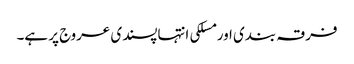
فرقہ بندی اور مسلکی انتہاپسندی عروج پر ہے۔